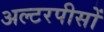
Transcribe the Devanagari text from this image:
अल्टरपीसों